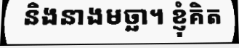
និងនាងមច្ឆា។ ខ្ញុំគិត